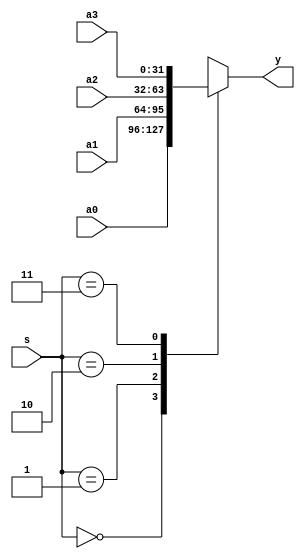
`timescale 1ns / 1ps
//////////////////////////////////////////////////////////////////////////////////
// Company: 
// Engineer: 
// 
// Design Name: 
// Module Name:    mux32_4_1 
// Project Name: 
// Target Devices: 
// Tool versions: 
// Description: 
//
// Dependencies: 
//
// Revision: 
// Revision 0.01 - File Created
// Additional Comments: 
//
//////////////////////////////////////////////////////////////////////////////////
module mux32_4_1(a0,a1,a2,a3,s,y
    );
	 input [31:0] a0,a1,a2,a3;
	 input [1:0] s;
	 output [31:0] y;
	 
	 reg [31:0] y;
	 always @ (*)
		begin
			case(s)
				2'b00: y=a0;
				2'b01: y=a1;
				2'b10: y=a2;
				2'b11: y=a3;
				default: y=2'bx; 
			endcase
		end
endmodule